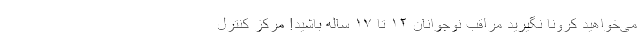
می‌خواهید کرونا نگیرید مراقب نوجوانان ۱۲ تا ۱۷ ساله باشید! مرکز کنترل